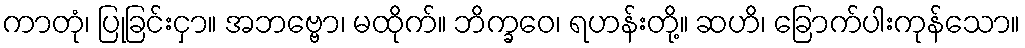
ကာတုံ၊ ပြုခြင်းငှာ။ အဘဗ္ဗော၊ မထိုက်။ ဘိက္ခဝေ၊ ရဟန်းတို့။ ဆဟိ၊ ခြောက်ပါးကုန်သော။